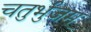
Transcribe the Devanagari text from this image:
चतुर्भुजम्